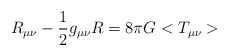
\begin{align*}R_{\mu\nu}-\frac{1}{2}g_{\mu\nu}R= 8{\pi}G<T_{\mu\nu}>\end{align*}